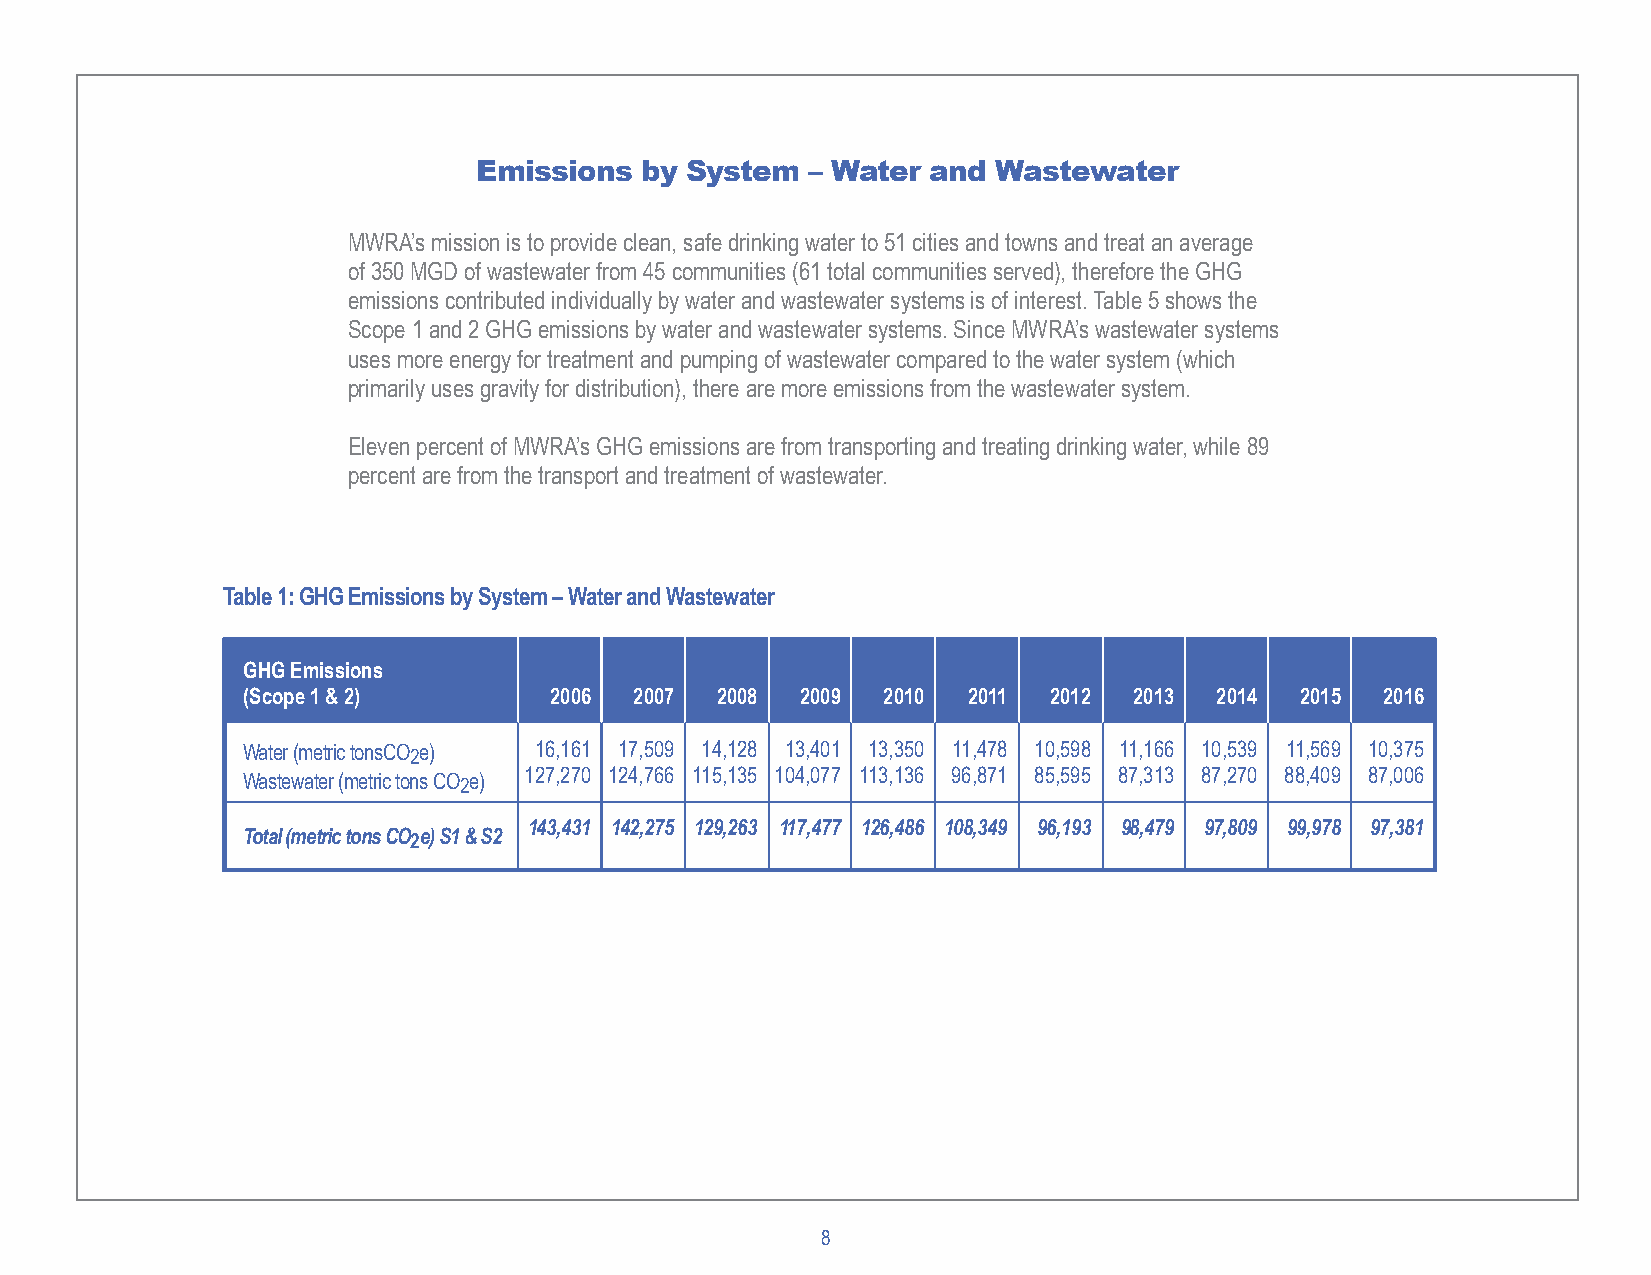
Emissions by System   – Water and Wastewater
 MWRA’s mission is to provide clean, safe drinking water to 51 cities and towns and treat an average
 of 350 MGD of wastewater from 45 communities (61 total communities served), therefore the GHG
 emissions contributed individually by water and wastewater systems is of interest. Table 5 shows the
 Scope 1 and 2 GHG emissions by water and wastewater systems. Since MWRA’s wastewater systems
 uses more energy for treatment and pumping of wastewater compared to the water system (which
 primarily uses gravity for distribution), there are more emissions from the wastewater system.
 Eleven percent of MWRA’s GHG emissions are from transporting and treating drinking water, while 89
 percent are from the transport and treatment of wastewater.
 Table 1: GHG Emissions by System – Water and Wastewater
 GHG Emissions
 (Scope 1 & 2)       2006  2007 2008  2009 2010  2011 2012  2013 2014  2015  2016
 Water (metric tonsCO2e) 16,161 17,509 14,128 13,401 13,350 11,478 10,598 11,166 10,539 11,569 10,375
 Wastewater (metric tons CO2e) 127,270 124,766 115,135 104,077 113,136 96,871 85,595 87,313 87,270 88,409 87,006
 143,431 142,275 129,263 117,477 126,486 108,349 96,193 98,479 97,809 99,978 97,381
 Total (metric tons CO2e) S1 & S2
 8